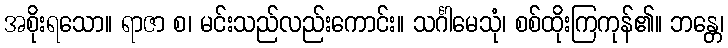
အစိုးရသော။ ရာဇာ စ၊ မင်းသည်လည်းကောင်း။ သင်္ဂါမေသုံ၊ စစ်ထိုးကြကုန်၏။ ဘန္တေ၊